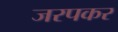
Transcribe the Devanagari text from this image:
जरपकर